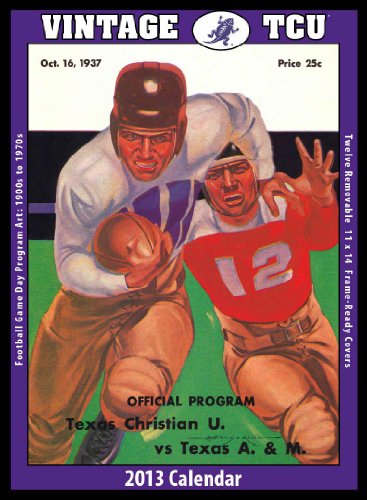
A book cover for TCU Horned Frogs 2013 Vintage Football Calendar; Asgard Press; Calendars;